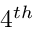
4 ^ { t h }